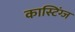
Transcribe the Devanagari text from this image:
कास्टिंग्ज